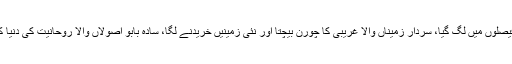
بابا جی رحمتاں والا کی پنچایتی بچ گئی اور وہ مرضی کے فیصلوں میں لگ گیا، سردار زمیناں والا غریبی کا چورن بیچتا اور نئی زمینیں خریدنے لگا، سادہ بابو اصولاں والا روحانیت کی دنیا کا مسافر بن گیا اور اسکا زیادہ وقت دم درود میں گزرنے لگا۔